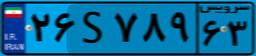
۲۶S۷۸۹۶۳